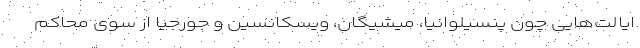
ایالت‌هایی چون پنسیلوانیا، میشیگان، ویسکانسین و جورجیا از سوی محاکم